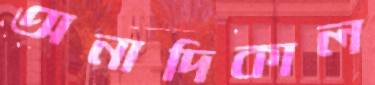
অনাদিকাল